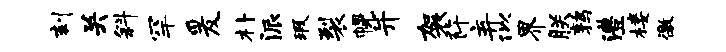
刻关斜罕爰朴派瑕裂幌并袈阡弃似界朕鹑澧楼徼